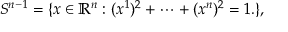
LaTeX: S ^ { n - 1 } = \{ x \in \mathbb { R } ^ { n } : ( x ^ { 1 } ) ^ { 2 } + \cdots + ( x ^ { n } ) ^ { 2 } = 1 . \} ,